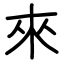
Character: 來